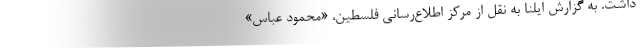
داشت. به گزارش ایلنا به نقل از مرکز اطلاع‌رسانی فلسطین، «محمود عباس»